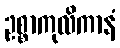
ဥစ္စာကုလိကာနံ